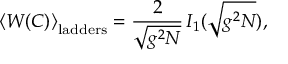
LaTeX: \left< W ( C ) \right> _ { \mathrm { l a d d e r s } } = \frac { 2 } { \sqrt { g ^ { 2 } N } } \, I _ { 1 } ( \sqrt { g ^ { 2 } N } ) ,